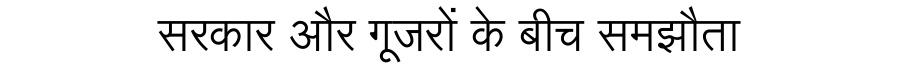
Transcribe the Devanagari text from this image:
सरकार और गूजरों के बीच समझौता